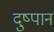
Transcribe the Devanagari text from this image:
दुष्पानं